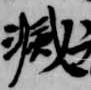
減